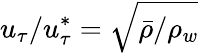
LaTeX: u_{\tau}/u_{\tau}^{*}=\sqrt{\bar{\rho}/\rho_{w}}